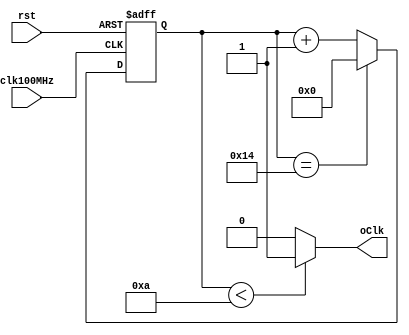
module clkDiv21(
input clk100MHz,
input rst,
output oClk);

reg [4:0] cntdiv;

assign oClk = (cntdiv < 5'd10)?1'b1:1'b0;//   100  4.8 

always@(posedge clk100MHz or negedge rst)
begin
	if(~rst)
		cntdiv <= 5'b0;
	else begin
		if(cntdiv == 5'd20)
			cntdiv <= 5'b0;
		else
			cntdiv <= cntdiv + 1'b1;
	end
end
endmodule